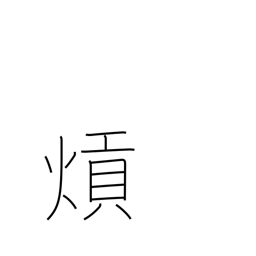
Meaning: (kokuji)